Leaving Certificate Examination (including Day School Certificate (Higher) General paper), 1935
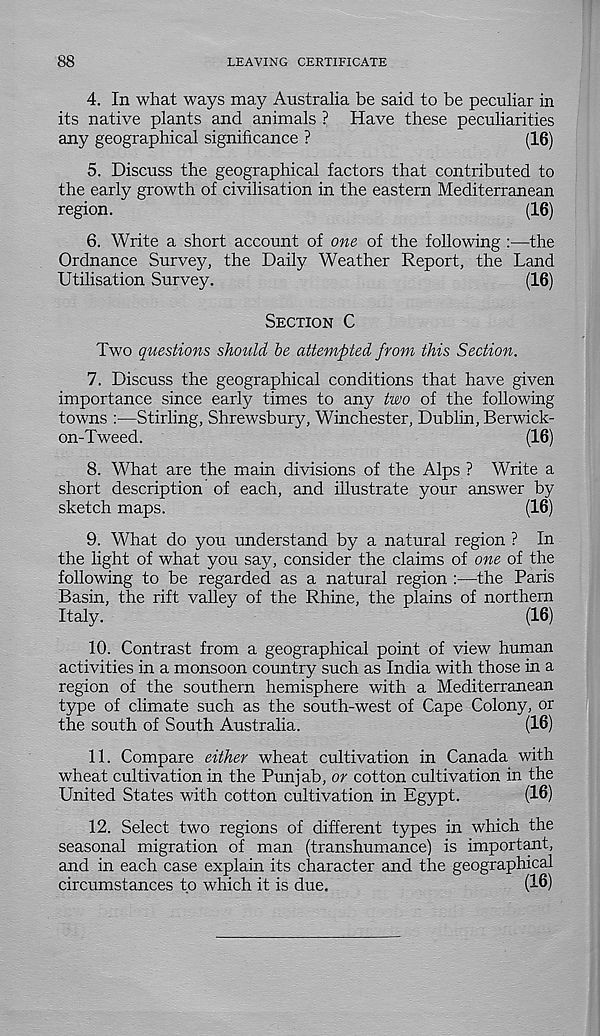
88
LEAVING CERTIFICATE
4. In what ways may Australia be said to be peculiar in
its native plants and animals ? Have these peculiarities
any geographical significance ?
(16)
5. Discuss the geographical factors that contributed to
the early growth of civilisation in the eastern Mediterranean
region.
(16)
6. Write a short account of one of the following :—the
Ordnance Survey, the Daily Weather Report, the Land
Utilisation Survey.
(16)
Section C
Two questions should be attempted from this Section.
7. Discuss the geographical conditions that have given
importance since early times to any two of the following
towns :—Stirling, Shrewsbury, Winchester, Dublin, Berwick-
on-Tweed.
(16)
8. What are the main divisions of the Alps ? Write a
short description of each, and illustrate your answer by
sketch maps.
(16)
9. What do you understand by a natural region ? In
the light of what you say, consider the claims of one of the
following to be regarded as a natural region :—the Paris
Basin, the rift valley of the Rhine, the plains of northern
Italy.
(16)
10. Contrast from a geographical point of view human
activities in a monsoon country such as India with those in a
region of the southern hemisphere with a Mediterranean
type of climate such as the south-west of Cape Colony, or
the south of South Australia.
(16)
11. Compare either wheat cultivation in Canada with
wheat cultivation in the Punjab, or cotton cultivation in the
United States with cotton cultivation in Egypt.
(16)
12. Select two regions of different types in which the
seasonal migration of man (transhumance) is important,
and in each case explain its character and the geographical
circumstances to which it is due.
(16)